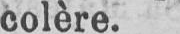
colère.